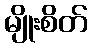
မျိုးစိတ်